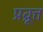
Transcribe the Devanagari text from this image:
प्रव्रूत्त